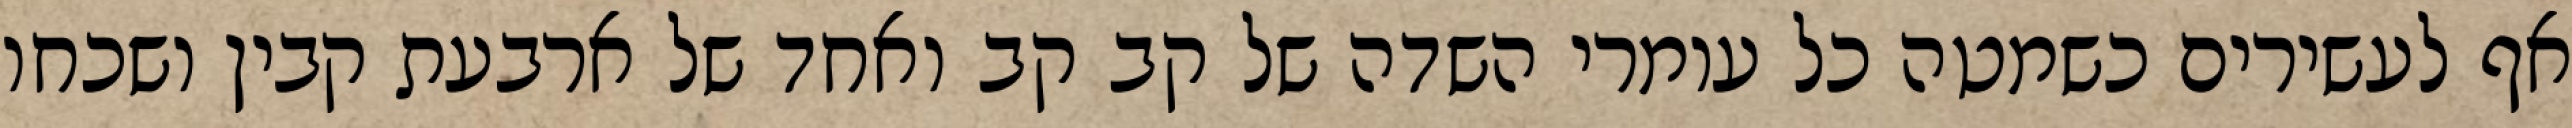
אף לעשירים כשמטה כל עומרי השדה של קב קב ואחד של ארבעת קבין ושכחו